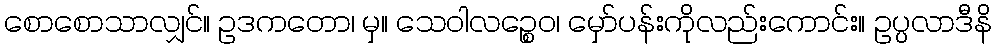
စောစောသာလျှင်။ ဥဒကတော၊ မှ။ သေဝါလဉ္စေဝ၊ မှော်ပန်းကိုလည်းကောင်း။ ဥပ္ပလာဒီနိ